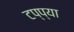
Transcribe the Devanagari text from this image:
टप्प्या